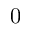
0